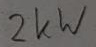
Text: 2KW